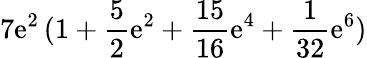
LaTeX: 7\mathrm{e}^{2}\, (1+\frac{5}{2}\mathrm{e}^{2}+\frac{{15}}{{16}}\mathrm{e}^{4}+\frac{{1}}{{32}}\mathrm{e}^{6})